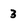
Character: 3